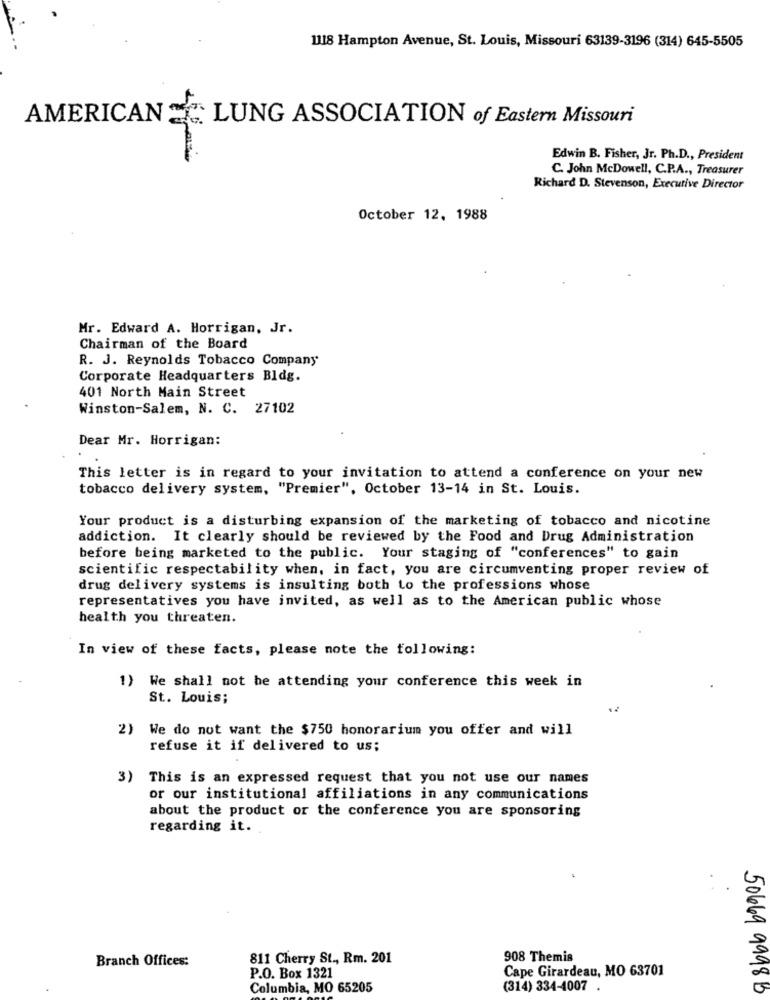
1118 Hampton Avenue, St. Louis, Missouri 63139-3196 (314) 645-5505
AMERICAN = " LUNG ASSOCIATION of Eastern Missouri
Edwin B. Fisher, Jr. Ph.D ., President
C. John McDowell, C.P.A ., Treasurer
Richard D. Stevenson, Executive Director
October 12, 1988
Mr. Edward A. Horrigan, Jr.
Chairman of the Board
R. J. Reynolds Tobacco Company
Corporate Headquarters Bldg.
401 North Main Street
Winston-Salem, N. C. 27102
Dear Mr. Horrigan:
This letter is in regard to your invitation to attend a conference on your new
tobacco delivery system, "Premier", October 13-14 in St. Louis.
Your product is a disturbing expansion of the marketing of tobacco and nicotine
addiction. It clearly should be reviewed by the Food and Drug Administration
before being marketed to the public. Your staging of "conferences" to gain
scientific respectability when, in fact, you are circumventing proper review of
drug delivery systems is insulting both to the professions whose
representatives you have invited, as well as to the American public whose
health you threaten.
In view of these facts, please note the following:
1) We shall not be attending your conference this week in
St. Louis;
2) We do not want the $750 honorarium you offer and will
refuse it if delivered to us;
3) This is an expressed request that you not use our names
or our institutional affiliations in any communications
about the product or the conference you are sponsoring
regarding it.
Branch Offices:
811 Cherry St ., Rm. 201
908 Themis
Cape Girardeau, MO 63701
P.O. Box 1321
Columbia, MO 65205
(314) 334-4007 .
50669 9998B